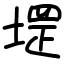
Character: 堽